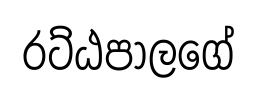
රට්ඨපාලගේ